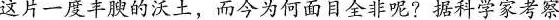
这片一度丰腴的沃土，而今为何面目全非呢?据科学家考察